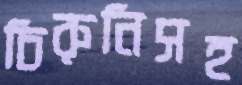
চিরুনিসহ